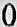
0